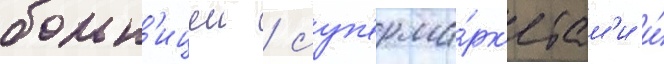
больн'ицеи / суп'ерма́рк'етам'и и́